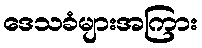
ဒေသခံများအကြား